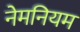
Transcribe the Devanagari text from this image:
नेमनियम